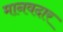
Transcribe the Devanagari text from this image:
मानवदार